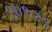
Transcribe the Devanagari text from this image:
१०१२१